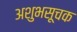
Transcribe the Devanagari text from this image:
अशुभसूचक